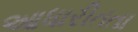
આધારીતતા